Indian journal of veterinary science and animal husbandry - Volume 10,
Year: 1940
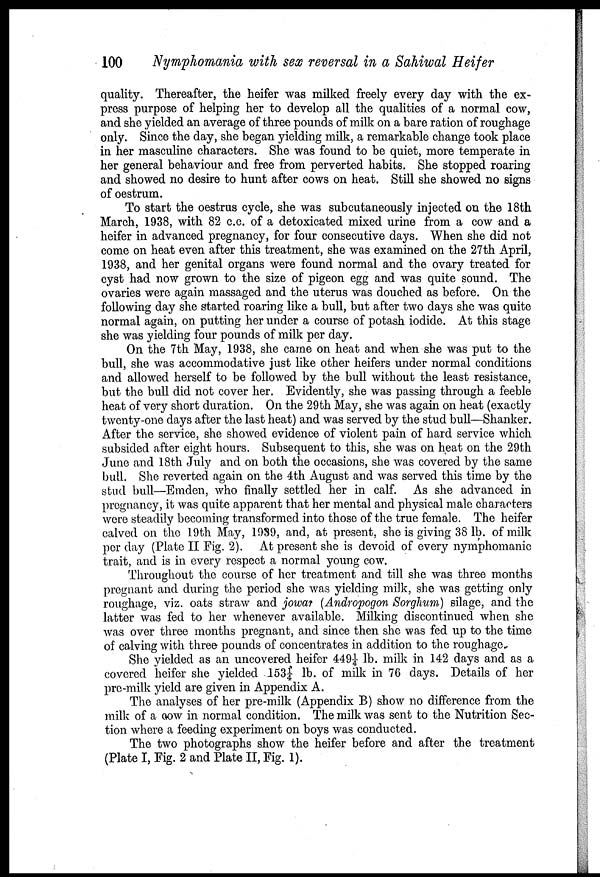
100
Nymphomania with sex reversal in a Sahiwal Heifer
quality. Thereafter, the heifer was milked freely every day with the ex-
press purpose of helping her to develop all the qualities of a normal cow,
and she yielded an average of three pounds of milk on a bare ration of roughage
only. Since the day, she began yielding milk, a remarkable change took place
in her masculine characters. She was found to be quiet, more temperate in
her general behaviour and free from perverted habits. She stopped roaring
and showed no desire to hunt after cows on heat. Still she showed no signs
of oestrum.
To start the oestrus cycle, she was subcutaneously injected on the 18th
March, 1938, with 82 c.c. of a detoxicated mixed urine from a cow and a
heifer in advanced pregnancy, for four consecutive days. When she did not
come on heat even after this treatment, she was examined on the 27th April,
1938, and her genital organs were found normal and the ovary treated for
cyst had now grown to the size of pigeon egg and was quite sound. The
ovaries were again massaged and the uterus was douched as before. On the
following day she started roaring like a bull, but after two days she was quite
normal again, on putting her under a course of potash iodide. At this stage
she was yielding four pounds of milk per day.
On the 7th May, 1938, she came on heat and when she was put to the
bull, she was accommodative just like other heifers under normal conditions
and allowed herself to be followed by the bull without the least resistance,
but the bull did not cover her. Evidently, she was passing through a feeble
heat of very short duration. On the 29th May, she was again on heat (exactly
twenty-one days after the last heat) and was served by the stud bull—Shanker.
After the service, she showed evidence of violent pain of hard service which
subsided after eight hours. Subsequent to this, she was on heat on the 29th
June and 18th July and on both the occasions, she was covered by the same
bull. She reverted again on the 4th August and was served this time by the
stud bull—Emden, who finally settled her in calf. As she advanced in
pregnancy, it was quite apparent that her mental and physical male characters
were steadily becoming transformed into those of the true female. The heifer
calved on the 19th May, 1939, and, at present, she is giving 38 lb. of milk
per day (Plate II Fig. 2). At present she is devoid of every nymphomanic
trait, and is in every respect a normal young cow.
Throughout the course of her treatment and till she was three months
pregnant and during the period she was yielding milk, she was getting only
roughage, viz. oats straw and jowar (Andropogon Sorghum) silage, and the
latter was fed to her whenever available. Milking discontinued when she
was over three months pregnant, and since then she was fed up to the time
of calving with three pounds of concentrates in addition to the roughage.
She yielded as an uncovered heifer 449¼ lb. milk in 142 days and as a
covered heifer she yielded 153¼ lb. of milk in 76 days. Details of her
pre-milk yield are given in Appendix A.
The analyses of her pre-milk (Appendix B) show no difference from the
milk of a cow in normal condition. The milk was sent to the Nutrition Sec-
tion where a feeding experiment on boys was conducted.
The two photographs show the heifer before and after the treatment
(Plate I, Fig. 2 and Plate II, Fig. 1).